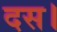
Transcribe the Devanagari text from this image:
दस।